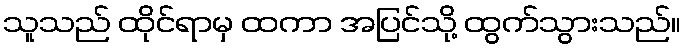
သူသည် ထိုင်ရာမှ ထကာ အပြင်သို့ ထွက်သွားသည်။